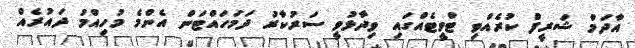
އާދަމް ޝަރީފް ކުރެއްވި ޓްވީޓެއްގައި ވިދާޅުވީ ސަރުކާރު ދަމަހައްޓަން އެންމެ މުހިއްމު ދައުރެއް